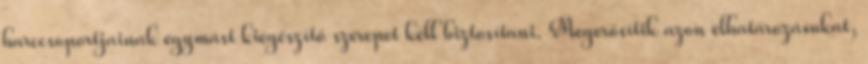
harccsoportjainak egymást kiegészítő szerepet kell biztosítani. Megerősítik azon elhatározásukat,